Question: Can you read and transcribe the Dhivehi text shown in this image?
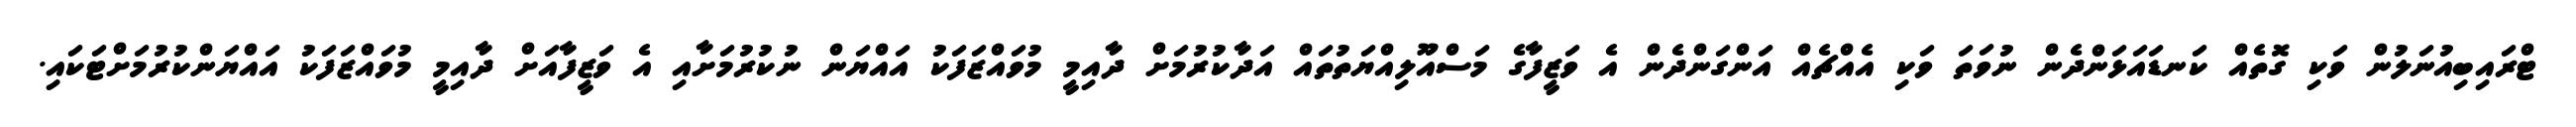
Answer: ޓްރައިބިއުނަލުން ވަކި ގޮތެއް ކަނޑައަޅަންދެން ނުވަތަ ވަކި އެއްޗެއް އަންގަންދެން އެ ވަޒީފާގެ މަސްއޫލިއްޔަތުތައް އަދާކުރުމަށް ދާއިމީ މުވައްޒަފަކު އައްޔަން ނުކުރުމަށާއި އެ ވަޒީފާއަށް ދާއިމީ މުވައްޒަފަކު އައްޔަންކުރުމަށްޓަކައި.